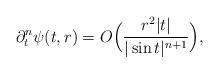
LaTeX: \begin{align*} \partial_t^{n} \psi(t,r)=O\Big(\frac{r^2 |t|}{|\sin t|^{n+1}}\Big), \end{align*}